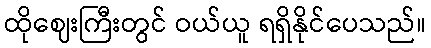
ထိုဈေးကြီးတွင် ဝယ်ယူ ရရှိနိုင်ပေသည်။